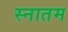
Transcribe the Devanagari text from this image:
स्नातम